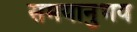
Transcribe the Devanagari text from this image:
समयानुभव